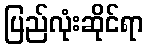
ပြည်လုံးဆိုင်ရာ